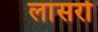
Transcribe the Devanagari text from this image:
लांसरों